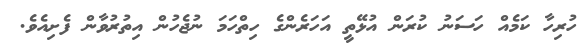
ހުރިހާ ކަމެއް ހަސަނު ކުރަން އުޅޭތީ އަހަރެންގެ ހިތްހަމަ ނުޖެހުން އިތުރުވާން ފެށިއެވެ.